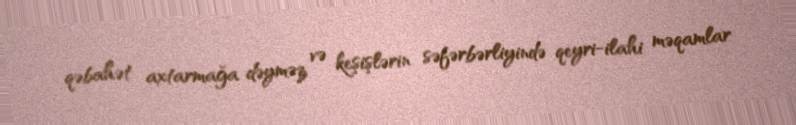
qəbahət axtarmağa dəyməz və keşişlərin səfərbərliyində qeyri-ilahi məqamlar